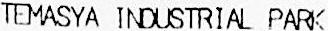
TEMASYA INDUSTRIAL PARK